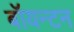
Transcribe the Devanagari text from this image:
बॉयन्टन